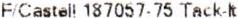
F/CASTELL 187057- 75 TACK-LT